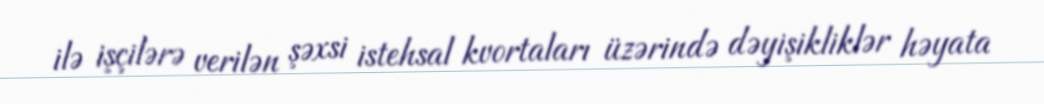
ilə işçilərə verilən şəxsi istehsal kvortaları üzərində dəyişikliklər həyata